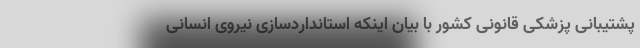
پشتیبانی پزشکی قانونی کشور با بیان اینکه استانداردسازی نیروی انسانی